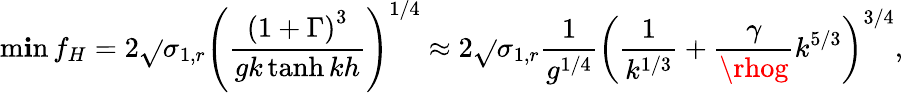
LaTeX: \operatorname*{m\mathbf{i}n}{f_{H}}=2\sqrt{}{{\sigma_{1,r}}}\left(\frac{{\left(1+\Gamma\right)^{3}}}{{gk\operatorname{tanh}{kh}}}\right)^{1/4}\approx2\sqrt{}{{\sigma_{1,r}}}\frac{{1}}{{g^{1/4}}}\left(\frac{{1}}{{k^{1/3}}}+\frac{{\gamma}}{{\rhog}}k^{5/3}\right)^{3/4},